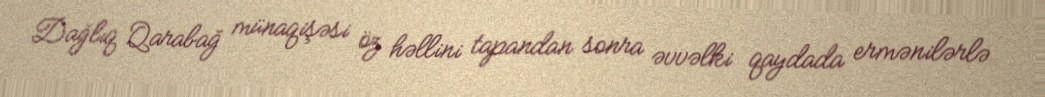
Dağlıq Qarabağ münaqişəsi öz həllini tapandan sonra əvvəlki qaydada ermənilərlə